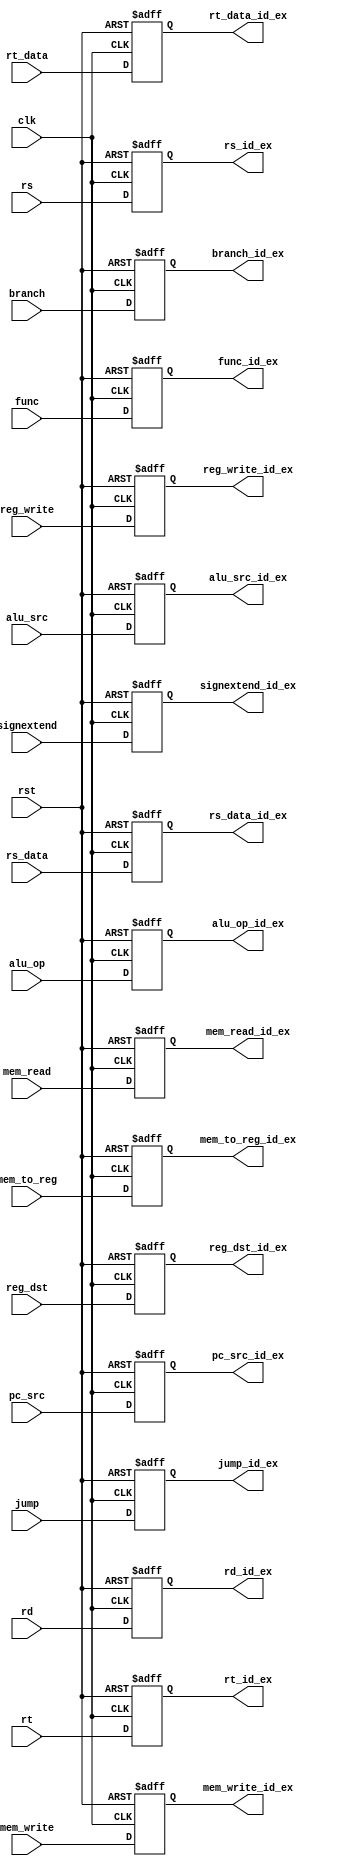
module ID_EX(
    input wire clk,
    input wire rst,
    input wire reg_dst,
    input wire reg_write,
    input wire alu_src,
    input wire mem_read,
    input wire mem_write,
    input wire pc_src,
    input wire jump,
    input wire branch,
    input wire mem_to_reg,
    input wire [1:0] alu_op,
    input wire [31:0] signextend,
    input wire [5:0] func,
    input wire [31:0] rs_data,
    input wire [31:0] rt_data,
    input wire [4:0] rd,
    input wire [4:0] rt,
    input wire [4:0] rs,

    output reg reg_dst_id_ex,
    output reg reg_write_id_ex,
    output reg alu_src_id_ex,
    output reg mem_read_id_ex,
    output reg mem_write_id_ex,
    output reg pc_src_id_ex,
    output reg jump_id_ex,
    output reg branch_id_ex,
    output reg mem_to_reg_id_ex,
    output reg [1:0] alu_op_id_ex,
    output reg [31:0] signextend_id_ex,
    output reg [5:0] func_id_ex,
    output reg [31:0] rs_data_id_ex,
    output reg [31:0] rt_data_id_ex,
    output reg [4:0] rd_id_ex,
    output reg [4:0] rt_id_ex,
    output reg [4:0] rs_id_ex
);

    always @(posedge clk or posedge rst) 
	begin
        if (rst)
		begin
            reg_dst_id_ex <= 0;
            reg_write_id_ex <= 0;
            alu_src_id_ex <= 0;
            mem_read_id_ex <= 0;
            mem_write_id_ex <= 0;
            pc_src_id_ex <= 0;
            jump_id_ex <= 0;
            branch_id_ex <= 0;
            mem_to_reg_id_ex <= 0;
            alu_op_id_ex <= 2'b00;
            signextend_id_ex <= 16'b0;
            func_id_ex <= 6'b0;
            rs_data_id_ex <= 32'b0;
            rt_data_id_ex <= 32'b0;
            rd_id_ex <= 5'b0;
            rt_id_ex <= 5'b0;
            rs_id_ex <= 5'b0;
        end 
		else //to store data
		begin
            reg_dst_id_ex <= reg_dst;
            reg_write_id_ex <= reg_write;
            alu_src_id_ex <= alu_src;
            mem_read_id_ex <= mem_read;
            mem_write_id_ex <= mem_write;
            pc_src_id_ex <= pc_src;
            jump_id_ex <= jump;
            branch_id_ex <= branch;
            mem_to_reg_id_ex <= mem_to_reg;
            alu_op_id_ex <= alu_op;
            signextend_id_ex <= signextend;
            func_id_ex <= func;
            rs_data_id_ex <= rs_data;
            rt_data_id_ex <= rt_data;
            rd_id_ex <= rd;
            rt_id_ex <= rt;
            rs_id_ex <= rs;
        end
    end

endmodule